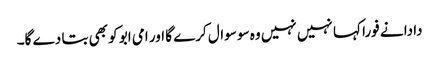
دادا نے فورا کہا نہیں نہیں وہ سو سوال کرے گا اور امی ابو کو بھی بتا دے گا۔